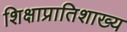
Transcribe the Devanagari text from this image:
शिक्षाप्रातिशाख्य